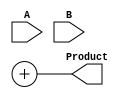
module HigherRadixWallaceMultiplier #(parameter RADIX=8, parameter WIDTH=16) (
    input [WIDTH-1:0] A,
    input [WIDTH-1:0] B,
    output reg [2*WIDTH-1:0] Product
);

`define ADD_DEPTH 3 // Define the tree depth; adjust according to your pipeline requirement

// Generate partial products
wire [WIDTH-1:0] pp [0:RADIX-1];

// Create partial products for radix-8
genvar i, j;
generate
    for (i = 0; i < WIDTH; i = i + 3) begin : pp_gen
        for (j = 0; j < RADIX; j = j + 1) begin : pp_mult
            assign pp[j][i +: 3] = A[i +: 3] * {3'b000, (B[i] >> j)};
        end
    end
endgenerate

// Reduction tree
wire [2*WIDTH-1:0] sum [0:`ADD_DEPTH];
wire [2*WIDTH-1:0] carry [0:`ADD_DEPTH];

// Initialization of the first layer of partial sums
genvar k;
generate
    for (k = 0; k < RADIX; k = k + 1) begin : reduction
        assign sum[0][k * 3 +: 3] = pp[k][0 +: 3];
        assign carry[0][k * 3 +: 3] = pp[k][3 +: 3];
    end
endgenerate

// Wallace tree reduction
wire [2*WIDTH-1:0] partial_sum;
wire [2*WIDTH-1:0] partial_carry;

generate
    for (k = 0; k < `ADD_DEPTH; k = k + 1) begin : reduction_layer
        // Perform reduction using full adders and half adders
        // This is where you will implement the logic for carry-save adders or adders
        // partial_sum and partial_carry will hold the results of the addition
        
        // Example code for partial sum and carry logic should be here
        // You can use multiple instances of adders or carry-save architectures

        // Assign sums and carries to next layer
        // sum[k+1] = <next layer calculation>
        // carry[k+1] = <next layer calculation>
    end
endgenerate

// Final addition to get the product
always @(*) begin
    Product = sum[`ADD_DEPTH] + carry[`ADD_DEPTH];
end

endmodule